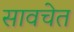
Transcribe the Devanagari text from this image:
सावचेत